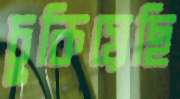
চুকিয়েছি